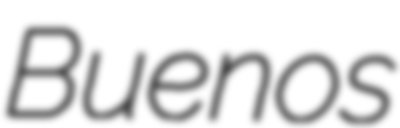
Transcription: Buenos